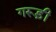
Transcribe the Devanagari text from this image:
गरूड़ी